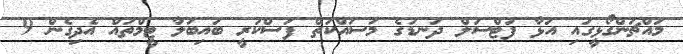
މައްޗަންގޯޅީގައި އަޅާ ފުޓްސަލް ދަނޑުގެ މަސައްކަތް ފަސްކުރީ ބައިބަލާ ޓީމްތައް އެދިގެން 9